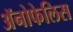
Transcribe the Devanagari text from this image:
अॅनोफेलिस